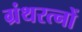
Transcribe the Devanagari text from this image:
ग्रंथरत्नों